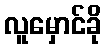
လူမှောင်ခို